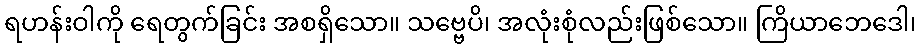
ရဟန်းဝါကို ရေတွက်ခြင်း အစရှိသော။ သဗ္ဗေပိ၊ အလုံးစုံလည်းဖြစ်သော။ ကြိယာဘေဒေါ၊